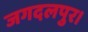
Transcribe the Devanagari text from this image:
जगदलपुर।